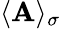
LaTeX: \langle\mathbf{A}\rangle_{\sigma}